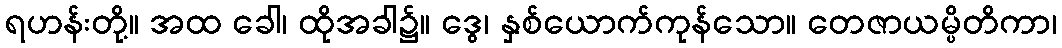
ရဟန်းတို့။ အထ ခေါ၊ ထိုအခါ၌။ ဒွေ၊ နှစ်ယောက်ကုန်သော။ တေဇာယမ္ပိတိကာ၊